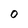
Character: 0